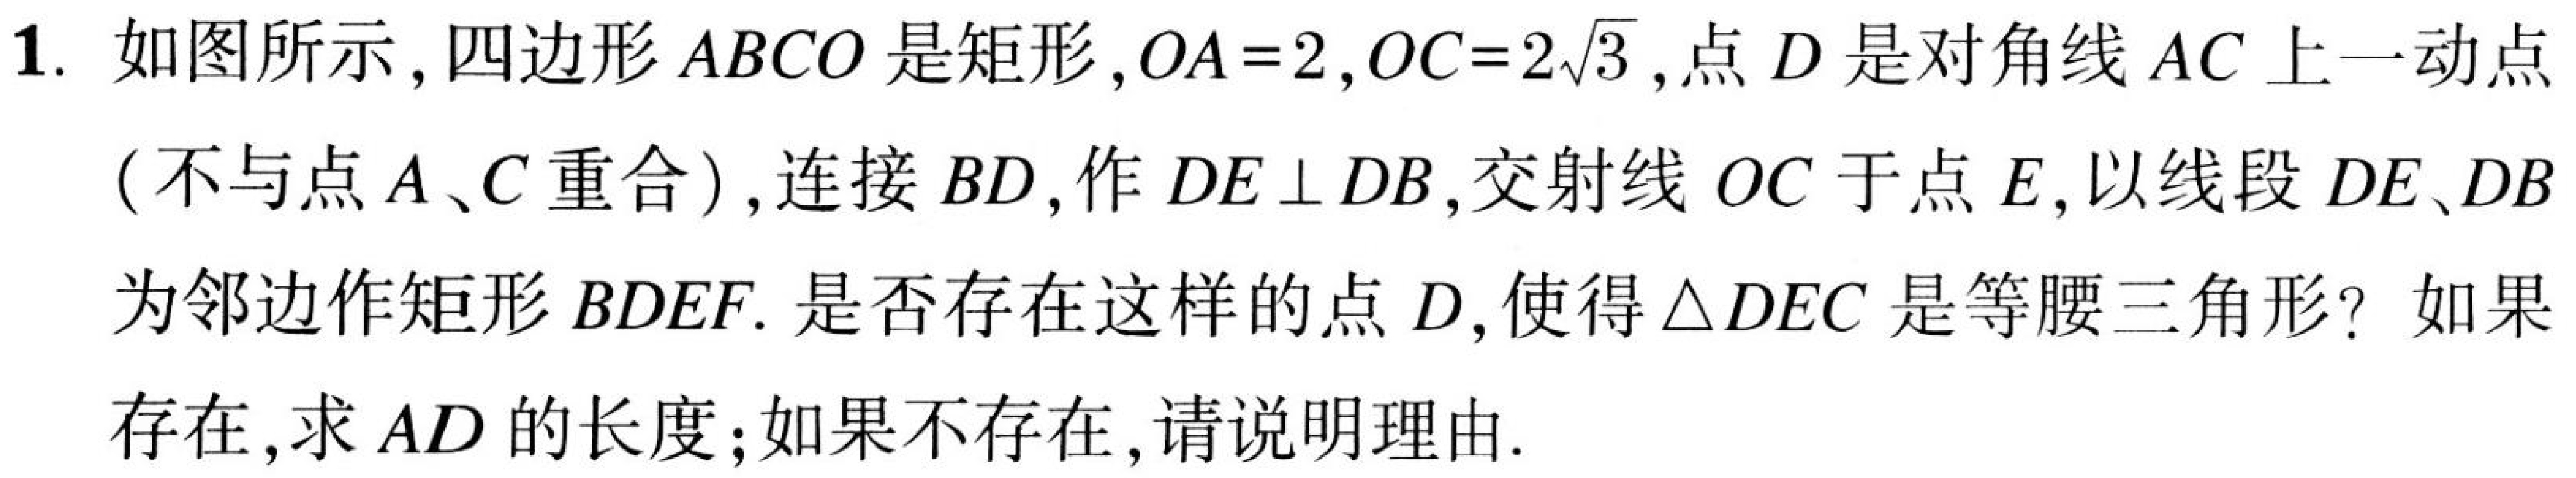
1. 如图所示，四边形\(ABCO\)是矩形，\(OA = 2\)，\(OC = 2\sqrt{3}\)，点\(D\)是对角线\(AC\)上一动点（不与点\(A\)、\(C\)重合），连接\(BD\)，作\(DE\perp DB\)，交射线\(OC\)于点\(E\)，以线段\(DE、DB\)为邻边作矩形\(BDEF\). 是否存在这样的点\(D\)，使得\(\triangle DEC\)是等腰三角形？如果存在，求\(AD\)的长度；如果不存在，请说明理由.